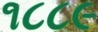
૧૮૮૯